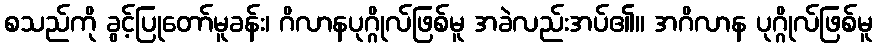
စသည်ကို ခွင့်ပြုတော်မူခန်း၊ ဂိလာနပုဂ္ဂိုလ်ဖြစ်မူ အခဲလည်းအပ်၏။ အဂိလာန ပုဂ္ဂိုလ်ဖြစ်မူ